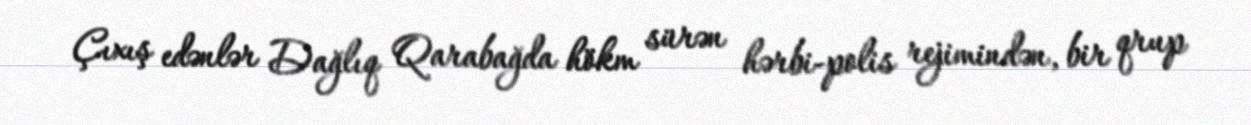
Çıxış edənlər Dağlıq Qarabağda hökm sürən hərbi-polis rejimindən, bir qrup